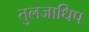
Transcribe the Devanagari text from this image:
तुलजाधिप